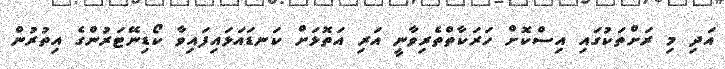
އަދި މި ރަށްތަކުގައި އިސްކޮށް ހަރަކާތްތެރިވާނީ އަރި އަތޮޅަށް ކަނޑައަޅައިފައިވާ ކޯޑިނޭޓަރުންގެ އިތުރުން